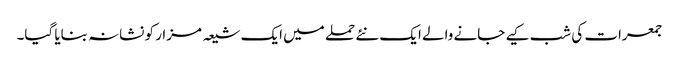
جمعرات کی شب کیے جانے والے ایک نئے حملے میں ایک شیعہ مزار کو نشانہ بنایا گیا۔